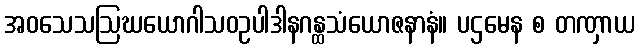
အဝသေသဩဃယောဂါသဝဥပါဒါနဂန္ထသံယောဇနာနံ။ ပဌမေန စ တဏှာယ